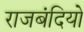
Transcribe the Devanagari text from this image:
राजबंदियो